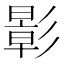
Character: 𪫉